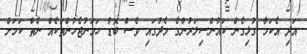
އަދި އެކަމާ ގުޅިގެން ކައުންސިލަރުންގެ މެދުގައި ވެސް ބޮޑު ހަމަނުޖެހުންތަކެއް ނެތް ކަމަށް